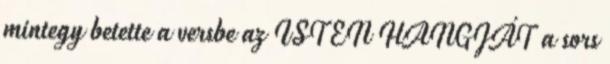
mintegy betette a versbe az ISTEN HANGJÁT a sors